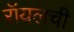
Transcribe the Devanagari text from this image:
रॉयलची